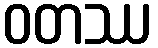
ဝတဿ